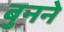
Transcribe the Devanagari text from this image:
बुुनने